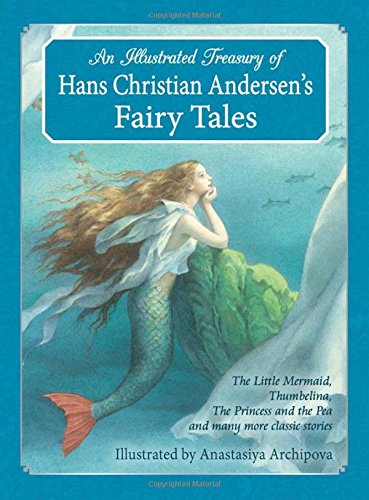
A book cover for An  Illustrated Treasury of Hans Christian Andersen's Fairy Tales: The Little Mermaid, Thumbelina, the Princess and the Pea and Many More Classic Stor; Hans Christian Andersen; Children's Books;